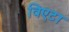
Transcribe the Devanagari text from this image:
विएटा